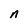
Character: n